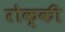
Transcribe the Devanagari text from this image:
रोक्की